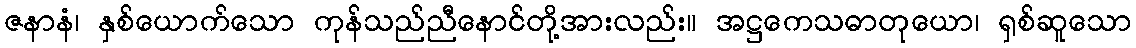
ဇနာနံ၊ နှစ်ယောက်သော ကုန်သည်ညီနောင်တို့အားလည်း။ အဋ္ဌကေသဓာတုယော၊ ရှစ်ဆူသော